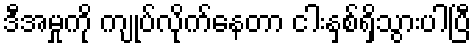
ဒီအမှုကို ကျုပ်လိုက်နေတာ ငါးနှစ်ရှိသွားပါပြီ